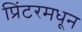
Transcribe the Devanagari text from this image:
प्रिंटरमधून